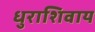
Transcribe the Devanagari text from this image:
धुराशिवाय